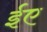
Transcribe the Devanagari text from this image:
ईए